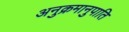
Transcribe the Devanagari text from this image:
अनुक्रमानुपाति